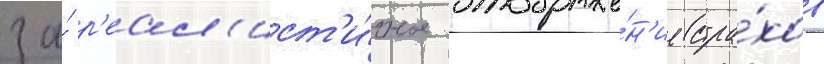
за́ р'еал'ист'и́чное отображе́н'ие стра́хов